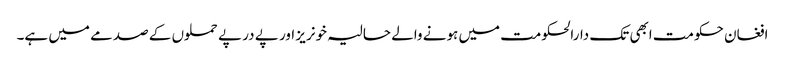
افغان حکومت ابھی تک دارالحکومت میں ہونے والے حالیہ خونریز اور پے در پے حملوں کے صدمے میں ہے۔